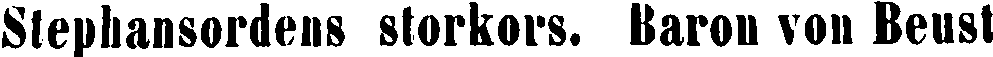
Sfephansordens storkors. Baron von Beust